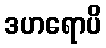
ဒဟရောပိ